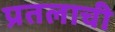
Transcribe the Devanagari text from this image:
प्रतलाची